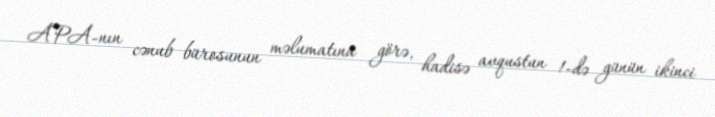
APA-nın cənub bürosunun məlumatına görə, hadisə avqustun 1-də günün ikinci